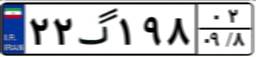
۳۱گ۱۷۱۶۲